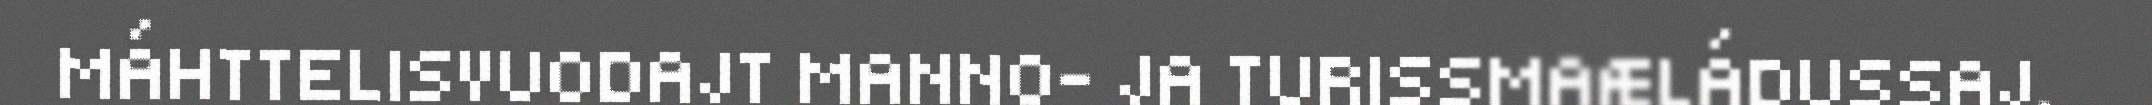
MÁHTTELISVUODAJT MANNO- JA TURISSMAÆLÁDUSSAJ.